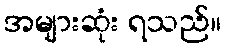
အများဆုံး ရသည်။